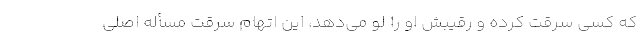
که کسی سرقت کرده و رقیبش او را لو می‌دهد، این اتهام سرقت مسأله اصلی